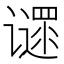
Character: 𬤪